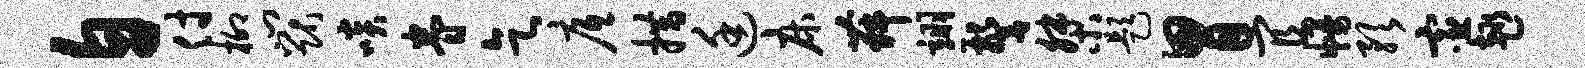
自付柳门猷啖眷乞底措廷床舞翊警桀题胃宜幔预宦趣